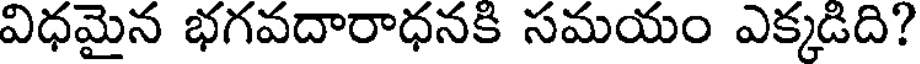
విధమైన భగవదారాధనకి సమయం ఎక్కడిది?